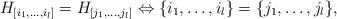
LaTeX: \begin{align*}H_{[i_1,\ldots,i_l]}=H_{[j_1,\ldots,j_l]}\Leftrightarrow \{i_1,\ldots,i_l\}=\{j_1,\ldots,j_l\},\end{align*}